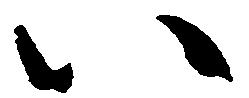
い